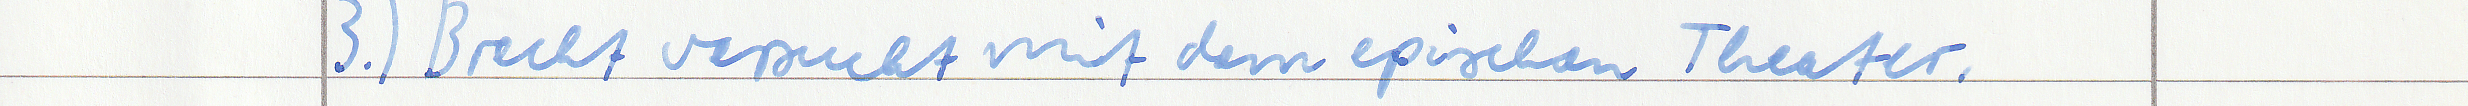
3.) Brecht versurcht mit dem epischen Theater,